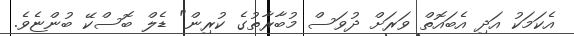
އެކަމަކު އަދި އެބައޮތް ވަރަށް ދުވަސް މުބާރާތުގެ ކުރިން" ޑެލް ބޮސްކޭ ބުންޏެވެ.